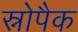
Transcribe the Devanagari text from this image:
स्नोपैक